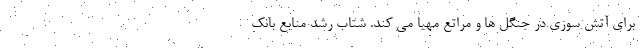
برای آتش سوزی در جنگل ها و مراتع مهیا می کند. شتاب رشد منابع بانک